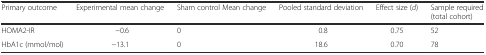
<table><thead><tr><td><b>Primary outcome</b></td><td><b>Experimental mean change</b></td><td><b>Sham control Mean change</b></td><td><b>Pooled standard deviation</b></td><td><b>Effect size (<i>d</i>)</b></td><td><b>Sample required (total cohort)</b></td></tr></thead><tbody><tr><td>HOMA2-IR</td><td>−0.6</td><td>0</td><td>0.8</td><td>0.75</td><td>52</td></tr><tr><td>HbA1c (mmol/mol)</td><td>−13.1</td><td>0</td><td>18.6</td><td>0.70</td><td>78</td></tr></tbody></table>